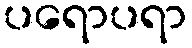
ပရောပရာ